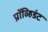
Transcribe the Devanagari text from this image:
प्रॉव्हिडंट